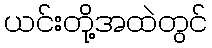
ယင်းတို့အထဲတွင်